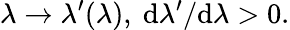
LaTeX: \lambda\rightarrow\lambda^{\prime}(\lambda),~\textrm d\lambda^{\prime}/\textrm d\lambda>0.